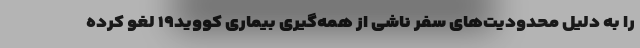
را به دلیل محدودیت‌های سفر ناشی از همه‌گیری بیماری کووید۱۹ لغو کرده